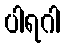
ပါရဂါ